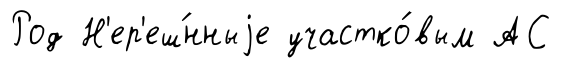
Род Н'ер'еш́нныjе участко́вым АС